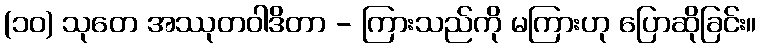
(၁၀) သုတေ အဿုတဝါဒိတာ - ကြားသည်ကို မကြားဟု ပြောဆိုခြင်း။